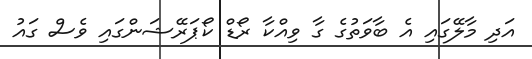
އަދި މާލޭގައި އެ ބާވަތުގެ ގާ ވިއްކާ ރޯޑް ކޯޕަރޭޝަންގައި ވެސް ގައު